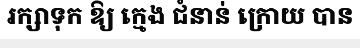
រក្សាទុក ឱ្យ ក្មេង ជំនាន់ ក្រោយ បាន